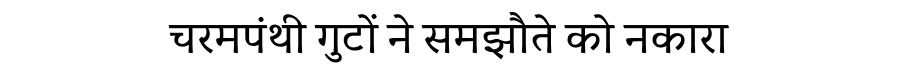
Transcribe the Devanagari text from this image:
चरमपंथी गुटों ने समझौते को नकारा